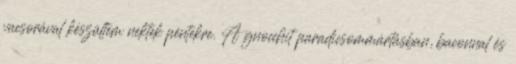
vacsorával készültem nektek péntekre. A gnocchit paradicsommártásban, baconnal és